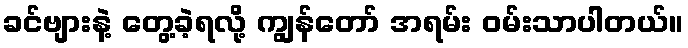
ခင်ဗျားနဲ့ တွေ့ခဲ့ရလို့ ကျွန်တော် အရမ်း ဝမ်းသာပါတယ်။